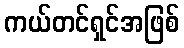
ကယ်တင်ရှင်အဖြစ်